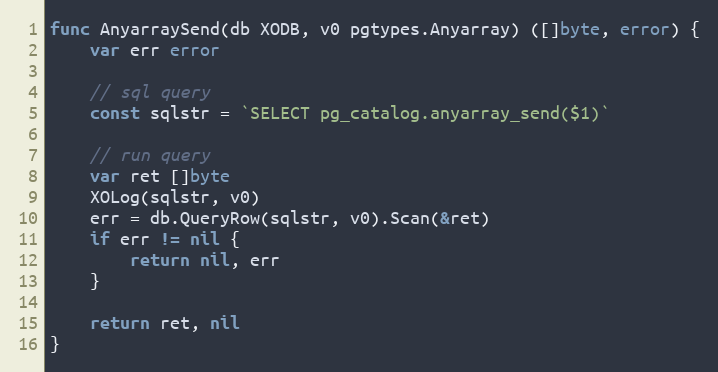
Language: Go
func AnyarraySend(db XODB, v0 pgtypes.Anyarray) ([]byte, error) {
	var err error

	// sql query
	const sqlstr = `SELECT pg_catalog.anyarray_send($1)`

	// run query
	var ret []byte
	XOLog(sqlstr, v0)
	err = db.QueryRow(sqlstr, v0).Scan(&ret)
	if err != nil {
		return nil, err
	}

	return ret, nil
}